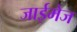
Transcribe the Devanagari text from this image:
जाईमेज